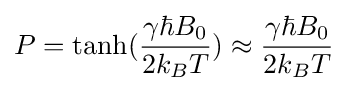
P=\tanh({{\gamma \hbar B_{0}} \over {2k_{B}T}})\approx {{\gamma \hbar B_{0}} \over {2k_{B}T}}